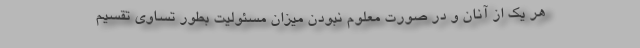
هر یک از آنان و در صورت معلوم نبودن میزان مسئولیت بطور تساوی تقسیم